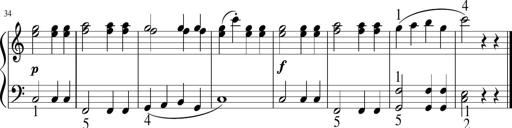
Title: 6 Instructive Sonatinas
Composer: Jacob Schmitt